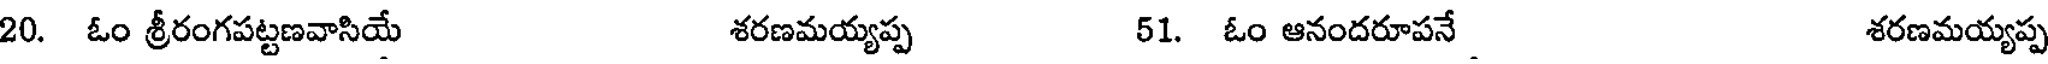
20. ఓం శ్రీరంగపట్టణవాసియే శరణమయ్యప్ప 51. ఓం ఆనందరూపనే. శరణమయ్యప్ప